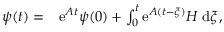
\begin{array} { r l } { \boldsymbol { \psi } ( t ) = } & { { } \mathrm { e } ^ { \boldsymbol { A } t } \boldsymbol { \psi } ( 0 ) + \int _ { 0 } ^ { t } \mathrm { e } ^ { \boldsymbol { A } ( t - \xi ) } \boldsymbol { H } \; \mathrm { d } \xi , } \end{array}